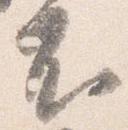
不